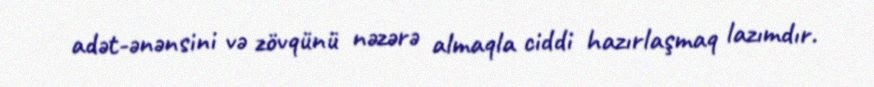
adət-ənənsini və zövqünü nəzərə almaqla ciddi hazırlaşmaq lazımdır.